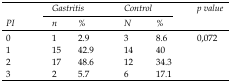
| <ROWSPAN=3> PI | <COLSPAN=2> Gastritis | <COLSPAN=2> Control | <ROWSPAN=3> p value |
 | n | % | N | % |
 | --- | --- | --- | --- | --- | --- |
 | 0 | 1 | 2.9 | 3 | 8.6 | 0,072 |
 | 1 | 15 | 42.9 | 14 | 40 |  |
 | 2 | 17 | 48.6 | 12 | 34.3 |  |
 | 3 | 2 | 5.7 | 6 | 17.1 |  |